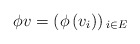
\begin{align*}\phi v=\left(\phi\left(v_{i}\right)\right){}_{i\in E}\end{align*}